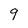
Character: 9